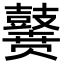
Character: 𪔭